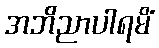
အဘိညာပါရမိံ